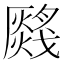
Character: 𤑂